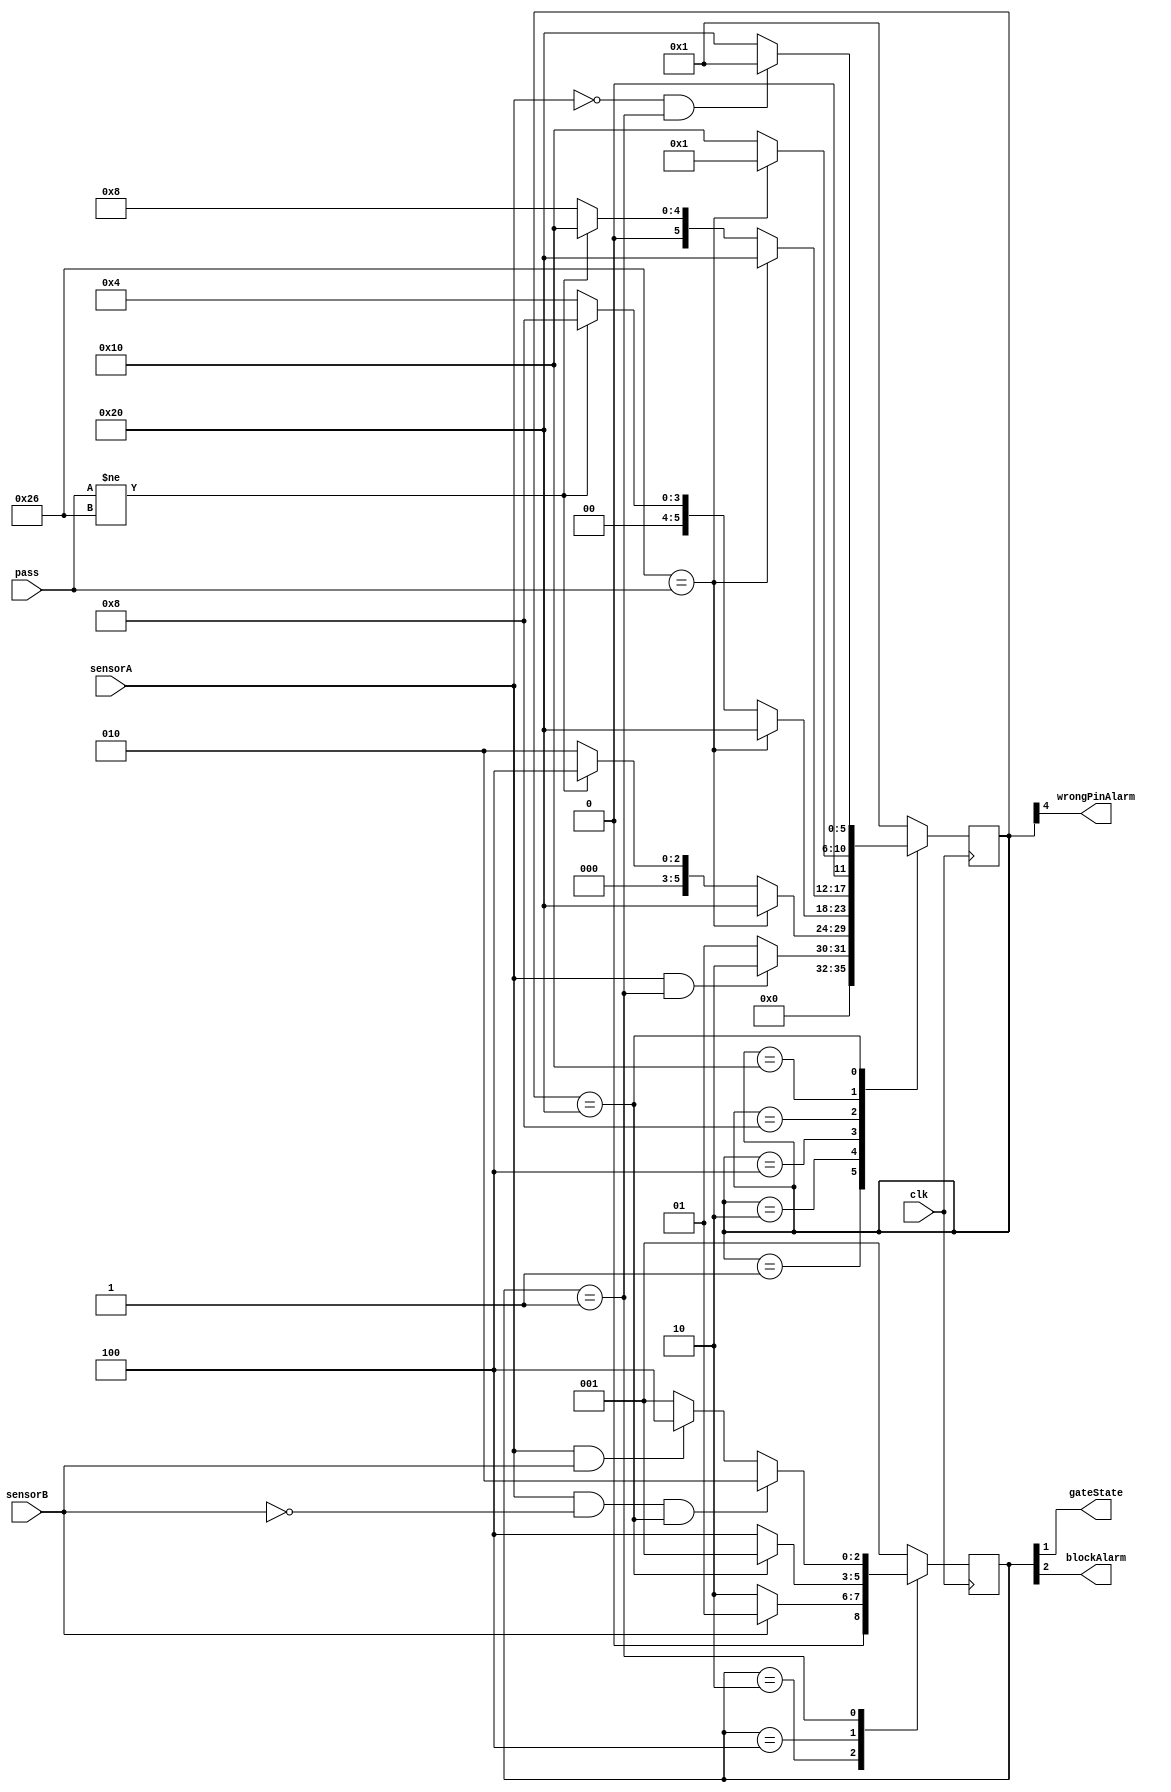
module parkingmanager (
    input wire clk,
    input wire sensorA,
    input wire sensorB,
    input wire [7:0] pass,
    output wire gateState,
    output wire wrongPinAlarm,
    output wire blockAlarm
);

parameter standby =    6'b000001;
parameter carArrived = 6'b000010;
parameter secondTry =  6'b000100;
parameter thirdTry =   6'b001000;
parameter wrongPin =   6'b010000;
parameter rightPin =   6'b100000;

parameter mypass = 8'b00100110;   // B97026: 26 ---> 0010 0110
                                  // 0x26 = 8'b00100110

reg [5:0] state;
reg [5:0] nextState;

// ----------------------------------------------------------------------------
parameter gateClose = 3'b001;
parameter gateOpen = 3'b010;
parameter gateBlock = 3'b100;

reg [2:0] gstate;
reg [2:0] nextGstate;

// ----------------------------------------------------------------------------
// Reemplazando las salidas de reg por su relacin a pines de los estados

assign gateState = gstate[1];    // Estado de la compuerta depende de este bit
assign wrongPinAlarm = state[4]; // Estado de la alarma de pin incorrecto 
                                 // depende de este valor
assign blockAlarm = gstate[2];   // Estado de la alarma de bloqueo
                                 // depende de este bit


initial begin                   // Condiciones iniciales
    state = standby;
    gstate = gateClose;
end

always @(posedge clk) begin     // Cambios por flanco
    state <= nextState;
    gstate <= nextGstate;
end


always @(*) begin               // Cambios secuenciales

    nextState = state;
    nextGstate = gstate;

case (state)
    standby: begin
        if (sensorA && gstate == gateClose) begin
             nextState = carArrived;
        end
        else begin
            nextState = standby;
        end
    end
    
    carArrived: begin
        if (mypass == pass) begin
          nextState = rightPin;
        end
        else if (pass != mypass) begin
          nextState = secondTry;
        end
        else begin
          nextState = carArrived;
        end
    end
    
    secondTry: begin
        if (mypass == pass) begin
            nextState = rightPin;
        end
        else if (pass != mypass) begin
            nextState = thirdTry;
        end
        else begin
            nextState = secondTry;
        end
    end

    thirdTry: begin
        if (mypass == pass) begin
            nextState = rightPin;
        end
        else if (pass != mypass) begin
            nextState = wrongPin;
        end
        else begin
            nextState = thirdTry;
        end
    end
    
    wrongPin: begin 
    if (mypass == pass) begin
        nextState = standby;
    end
    else begin
        nextState = wrongPin; 
    end
    end

    rightPin: begin 
    if (~sensorA && gstate == gateClose) begin
        nextState = standby;
    end
    else begin
        nextState = rightPin;
    end
    end

    default:begin
        nextState = standby;
    end
endcase


case (gstate)
    gateOpen: begin
      if (sensorB) begin
        nextGstate = gateClose;
      end
      else begin
        nextGstate = gateOpen;
      end
    end

    gateBlock: begin
        if (state == rightPin) begin
            nextGstate = gateClose;
        end
        else begin
            nextGstate = gateBlock; 
        end
    end

    gateClose: 
    begin
      if (sensorA && ~sensorB && state == rightPin) begin
      nextGstate = gateOpen;
      end
      else if (sensorA && sensorB) begin
      nextGstate = gateBlock;
      end
      else begin
      nextGstate = gateClose;
      end
    end
    default: begin
        nextGstate = gateClose;
    end
endcase

end

endmodule